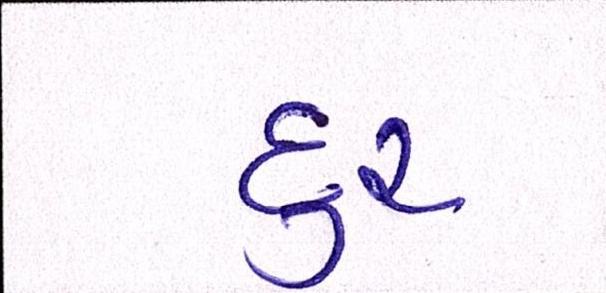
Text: દુર